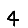
Digit: 4